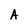
Character: A